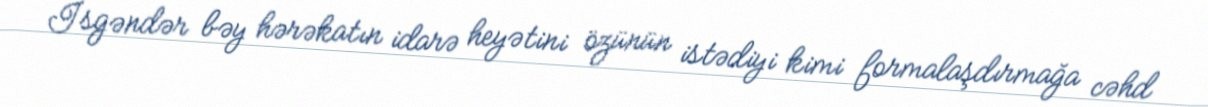
İsgəndər bəy hərəkatın idarə heyətini özünün istədiyi kimi formalaşdırmağa cəhd